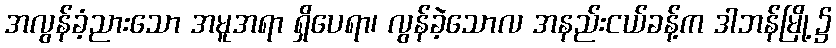
အလွန်ခံ့ညားသော အမူအရာ ရှိပေရာ၊ လွန်ခဲ့သောလ အနည်းငယ်ခန့်က ဒါဘန်မြို့၌